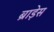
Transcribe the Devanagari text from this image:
ब्राड़ेस